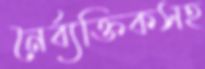
নৈর্ব্যক্তিকসহ